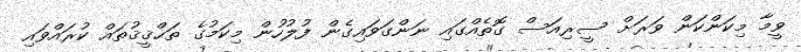
ވީމާ މިކަންކަން ވަރަށް ސީރިއަސް ގޮތެއްގައި ނަންގަވައިގެން ފުލުހުން މިކަމުގެ ތަޙްޤީޤުތައް ކުރައްވައި